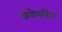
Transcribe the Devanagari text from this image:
केवेनडिश